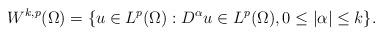
LaTeX: \begin{align*}W^{k,p}(\Omega)=\{u\in L^{p}(\Omega):D^{\alpha}u\in L^{p}(\Omega), 0\leq |\alpha|\leq k\}.\end{align*}